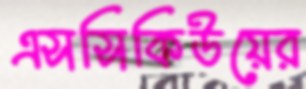
এসসিকিউয়ের